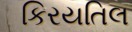
કિરયતિલ